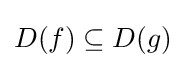
D(f)\subseteq D(g)